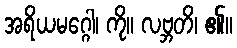
အရိယမဂ္ဂေါ၊ ကို။ လဗ္ဘတိ၊ ၏။